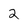
Character: 2